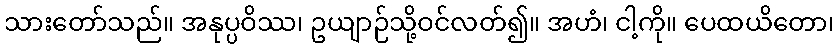
သားတော်သည်။ အနုပ္ပဝိဿ၊ ဥယျာဉ်သို့ဝင်လတ်၍။ အဟံ၊ ငါ့ကို။ ပေထယိတော၊